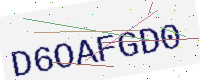
Text: D6OAFGD0